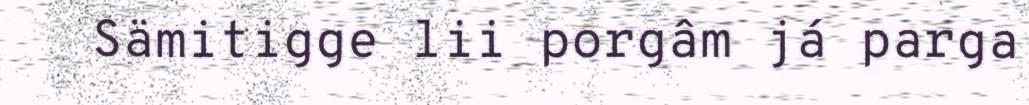
Sämitigge lii porgâm já parga